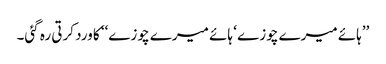
’’ہائے میرے چوزے ‘ ہائے میرے چوزے‘‘ کا ورد کرتی رہ گئی۔